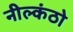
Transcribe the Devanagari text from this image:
नील्कंठो